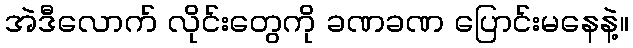
အဲဒီလောက် လိုင်းတွေကို ခဏခဏ ပြောင်းမနေနဲ့။